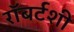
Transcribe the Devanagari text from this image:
रॉबर्टशी